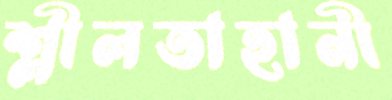
শ্লীলতাহানী